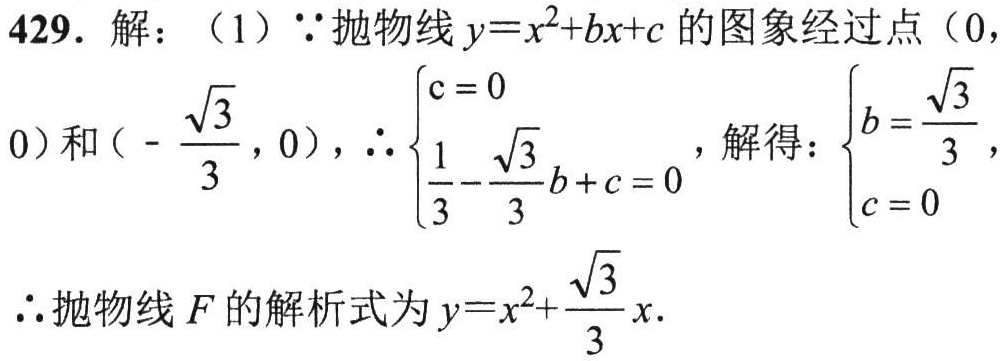
429. 解：（1）\(\because\)抛物线\(y = x^{2}+bx + c\)的图象经过点\((0,0)\)和\((-\frac{\sqrt{3}}{3},0)\)，\(\therefore\begin{cases}c = 0\\\frac{1}{3}-\frac{\sqrt{3}}{3}b + c = 0\end{cases}\)，解得：\(\begin{cases}b=\frac{\sqrt{3}}{3}\\c = 0\end{cases}\)，
\(\therefore\)抛物线\(F\)的解析式为\(y = x^{2}+\frac{\sqrt{3}}{3}x\).